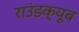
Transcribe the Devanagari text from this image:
राउंडक्यूब